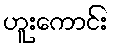
ဟူးကောင်း